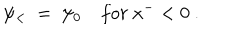
LaTeX: \psi _ { < } ~ = ~ \psi _ { 0 } ~ f o r ~ x ^ { - } < 0 ~ .